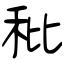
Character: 秕